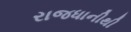
રાજધાનીથી